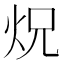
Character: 炾